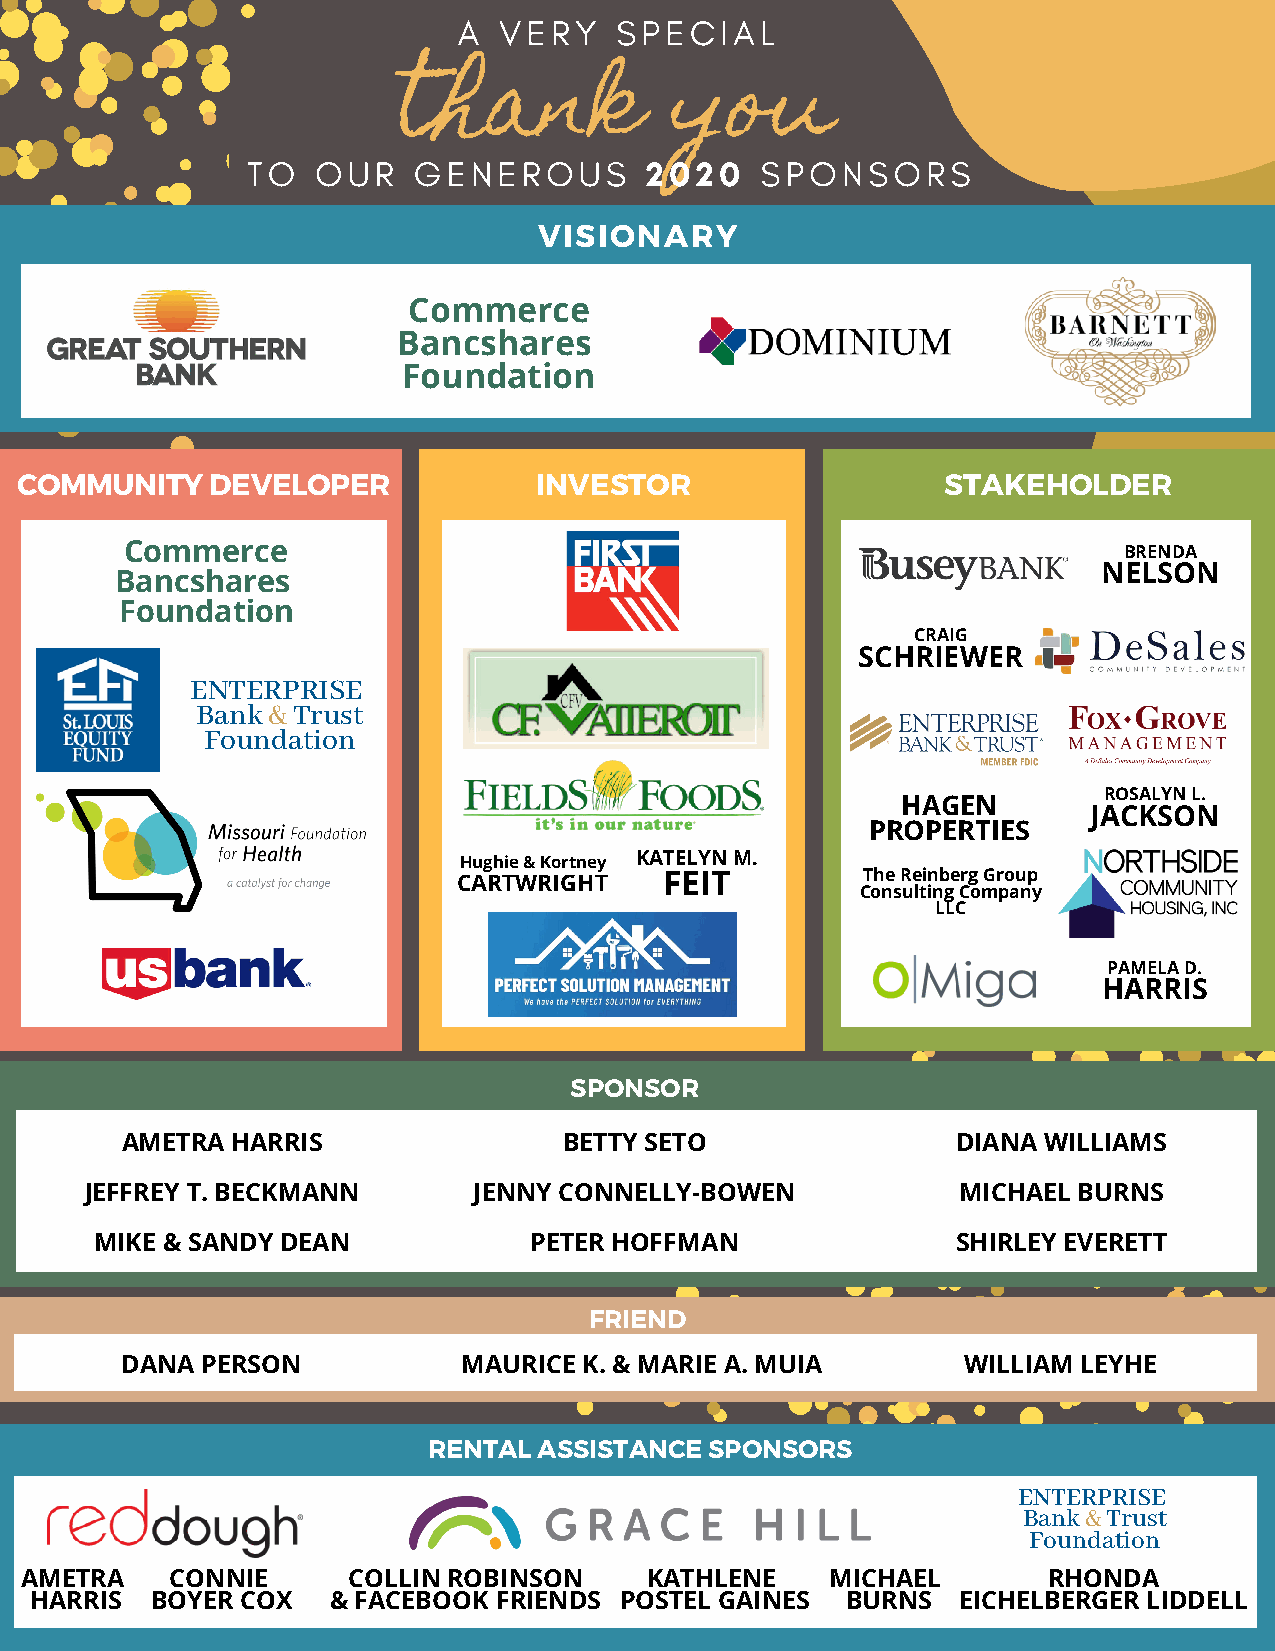
A  VERY    SPECIAL
 thank              you
 TO   OUR   GENEROUS        2020   SPONSORS
 VISIONARY
 Commerce
 Bancshares
 Foundation
 COMMUNITY    DEVELOPER            INVESTOR                    STAKEHOLDER
 Commerce                                                          BRENDA
 NELSON
 Bancshares
 Foundation
 CRAIG
 SCHRIEWER
 ENTERPRISE
 Bank & Trust
 Foundation
 ROSALYN L.
 HAGEN
 JACKSON
 PROPERTIES
 Hughie & Kortney KATELYN M.
 CARTWRIGHT    FEIT         The Reinberg Group
 Consulting Company
 LLC
 PAMELA D.
 HARRIS
 SPONSOR
 AMETRA HARRIS                BETTY SETO                DIANA WILLIAMS
 JEFFREY T. BECKMANN      JENNY CONNELLY-BOWEN            MICHAEL BURNS
 MIKE & SANDY DEAN            PETER HOFFMAN               SHIRLEY EVERETT
 FRIEND
 DANA PERSON            MAURICE K. & MARIE A. MUIA       WILLIAM LEYHE
 RENTAL  ASSISTANCE SPONSORS
 ENTERPRISE
 Bank & Trust
 Foundation
 AMETRA    CONNIE      COLLIN ROBINSON     KATHLENE    MICHAEL       RHONDA
 HARRIS  BOYER COX   & FACEBOOK FRIENDS POSTEL GAINES  BURNS  EICHELBERGER LIDDELL